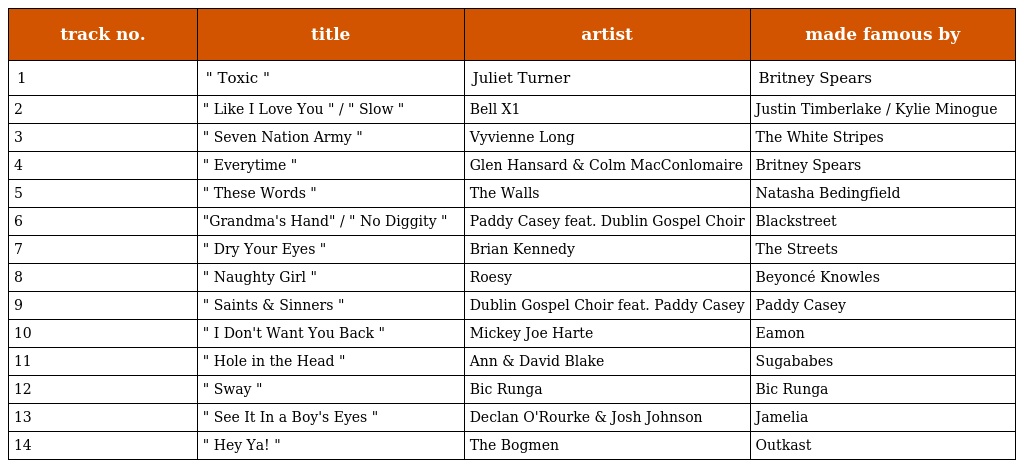
| track no. | title | artist | made famous by |
 | --- | --- | --- | --- |
 | 1 | " Toxic " | Juliet Turner | Britney Spears |
 | 2 | " Like I Love You " / " Slow " | Bell X1 | Justin Timberlake / Kylie Minogue |
 | 3 | " Seven Nation Army " | Vyvienne Long | The White Stripes |
 | 4 | " Everytime " | Glen Hansard & Colm MacConlomaire | Britney Spears |
 | 5 | " These Words " | The Walls | Natasha Bedingfield |
 | 6 | "Grandma's Hand" / " No Diggity " | Paddy Casey feat. Dublin Gospel Choir | Blackstreet |
 | 7 | " Dry Your Eyes " | Brian Kennedy | The Streets |
 | 8 | " Naughty Girl " | Roesy | Beyoncé Knowles |
 | 9 | " Saints & Sinners " | Dublin Gospel Choir feat. Paddy Casey | Paddy Casey |
 | 10 | " I Don't Want You Back " | Mickey Joe Harte | Eamon |
 | 11 | " Hole in the Head " | Ann & David Blake | Sugababes |
 | 12 | " Sway " | Bic Runga | Bic Runga |
 | 13 | " See It In a Boy's Eyes " | Declan O'Rourke & Josh Johnson | Jamelia |
 | 14 | " Hey Ya! " | The Bogmen | Outkast |